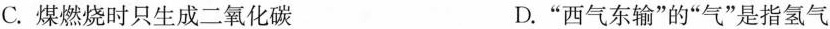
C.煤燃烧时只生成二氧化碳 D.“西气东输”的”气”是指氢气